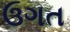
ઉગત